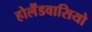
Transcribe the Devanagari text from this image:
होलैंडवासियो